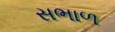
સભાળ